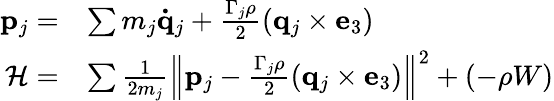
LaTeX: \begin{array}{rl}{\mathbf{p}_{j}=}&{\sum m_{j}\mathbf{\dot{q}}_{j}+\frac{\Gamma_{j}\rho}{2}\left(\mathbf{q}_{j}\times\mathbf{e}_{3}\right)}\\ {\mathcal{H}=}&{\sum\frac{1}{2m_{j}}\left\| \mathbf{p}_{j}-\frac{\Gamma_{j}\rho}{2}\left(\mathbf{q}_{j}\times\mathbf{e}_{3}\right)\right\| ^{2}+(-\rho W)}\end{array}